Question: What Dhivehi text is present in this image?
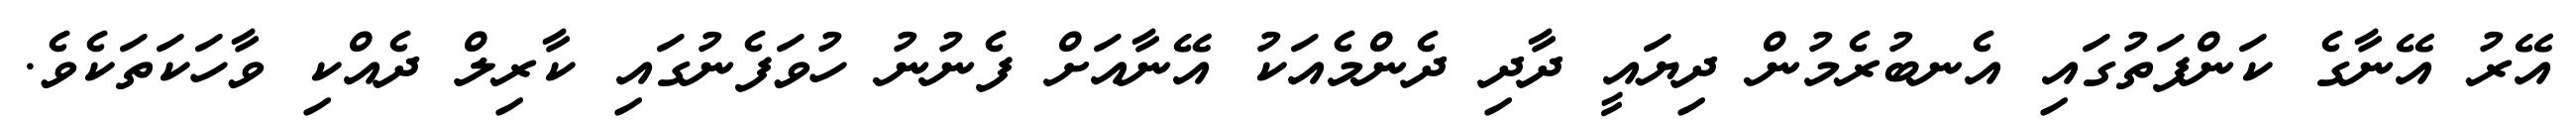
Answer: އޭރު އޭނާގެ ކަންފަތުގައި އެނބުރެމުން ދިޔައީ ދާދި ދެންމެއަކު އޭނާއަށް ފެނުނު ހުވަފެނުގައި ކާރިލް ދެއްކި ވާހަކަތަކެވެ.